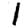
Digit: 1